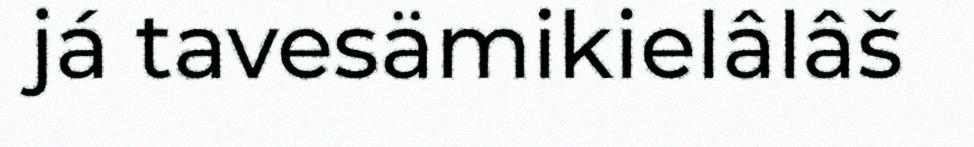
já tavesämikielâlâš